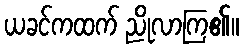
ယခင်ကထက် ညိုလာကြ၏။